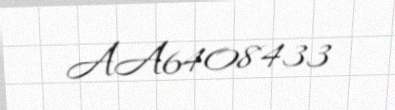
AA6408433